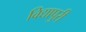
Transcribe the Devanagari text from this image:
विद्यापुरी